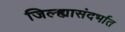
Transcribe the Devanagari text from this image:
जिल्ह्यासंदर्भात